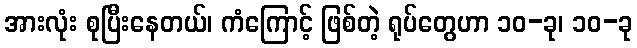
အားလုံး စုပြီးနေတယ်၊ ကံကြောင့် ဖြစ်တဲ့ ရုပ်တွေဟာ ၁၀-ခု၊ ၁၀-ခု